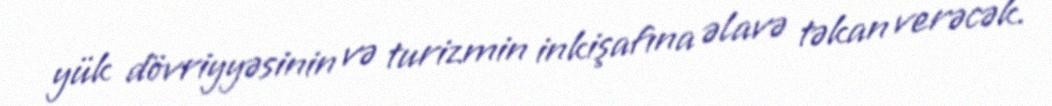
yük dövriyyəsinin və turizmin inkişafına əlavə təkan verəcək.